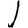
Digit: 1